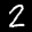
Label: 2